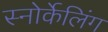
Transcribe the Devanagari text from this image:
स्नोर्केलिंग